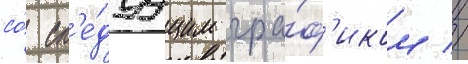
со́ сл'е́дуущим гра́ф'иком //